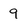
Character: 9